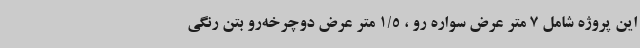
این پروژه شامل 7 متر عرض سواره رو ، 1/5 متر عرض دوچرخه‌رو بتن رنگی